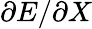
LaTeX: \partial E/\partial X